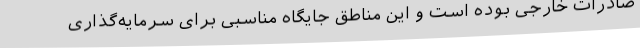
صادرات خارجی بوده است و این مناطق جایگاه مناسبی برای سرمایه‌گذاری